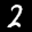
Label: 2